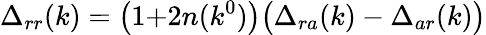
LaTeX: \Delta_{rr}(k)=\bigl(1{+}2n(k^{0})\bigr)\bigl(\Delta_{ra}(k)-\Delta_{ar}(k)\bigr)